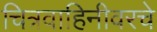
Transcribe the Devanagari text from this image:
चित्रवाहिनीवरचे